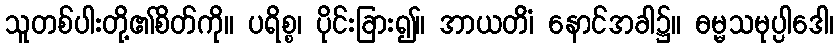
သူတစ်ပါးတို့၏စိတ်ကို။ ပရိစ္စ၊ ပိုင်းခြား၍။ အာယတိံ၊ နောင်အခါ၌။ ဓမ္မသမုပ္ပါဒေါ၊